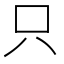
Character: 只